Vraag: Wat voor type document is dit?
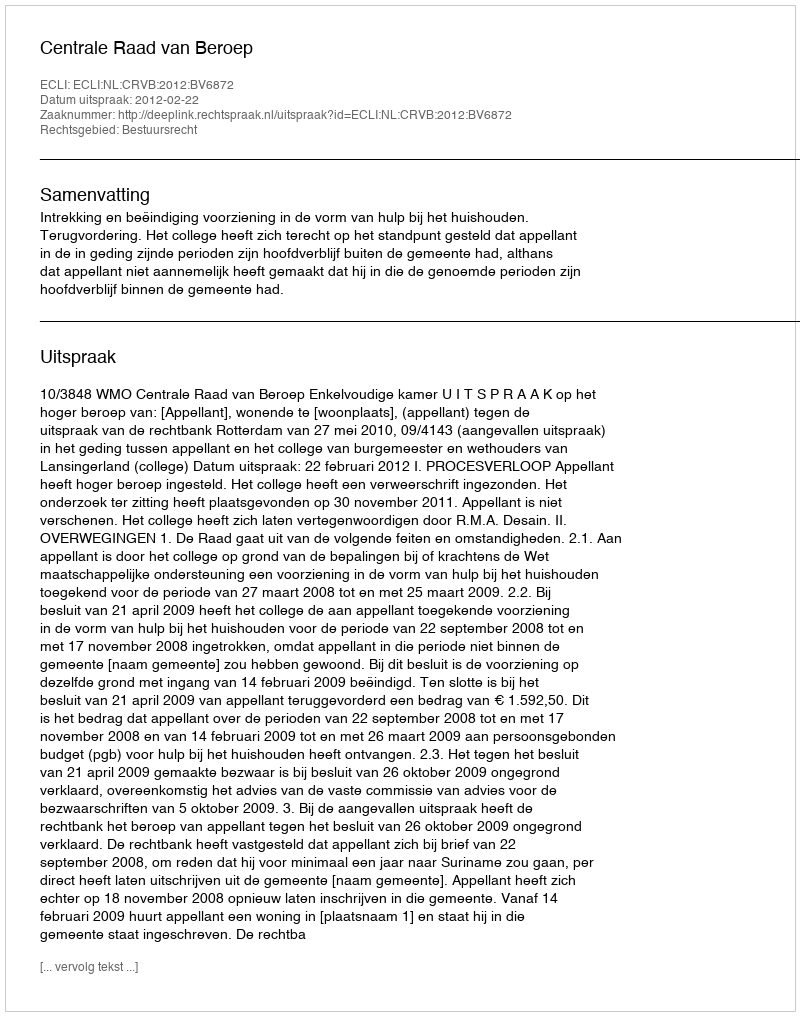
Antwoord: Uitspraak